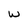
Character: w